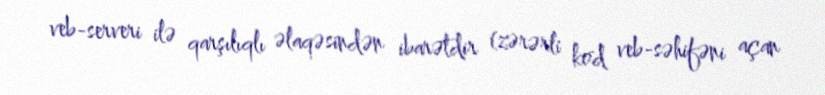
veb-serveri ilə qarşılıqlı əlaqəsindən ibarətdir (zərərli kod veb-səhifəni açan